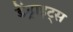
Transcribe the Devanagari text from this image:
डेंड्राइट्स